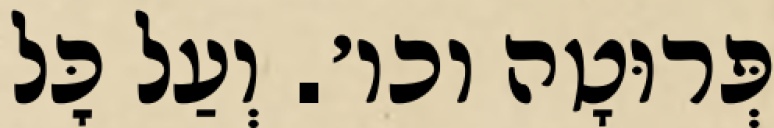
פְּרוּטָה וכו׳. וְעַל כׇּל